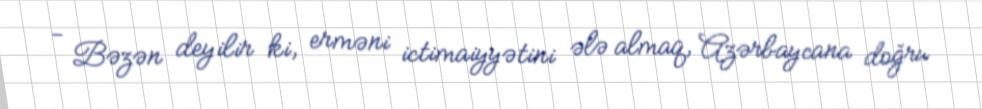
- Bəzən deyilir ki, erməni ictimaiyyətini ələ almaq, Azərbaycana doğru